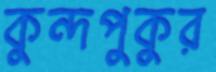
কুন্দপুকুর